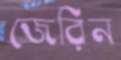
জেরিন